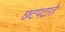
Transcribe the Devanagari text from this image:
छटपटाते